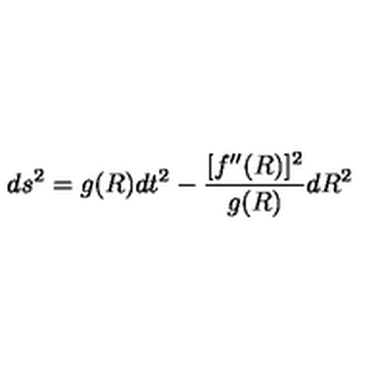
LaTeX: d s ^ { 2 } = g ( R ) d t ^ { 2 } - { \frac { [ f ^ { \prime \prime } ( R ) ] ^ { 2 } } { g ( R ) } } d R ^ { 2 }